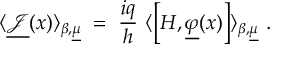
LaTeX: \langle \underline { { { { \mathcal J } } } } ( x ) \rangle _ { \beta , \underline { { { \mu } } } } \; = \; \frac { i q } { h } ~ \langle \left[ H , \underline { { { \varphi } } } ( x ) \right] \rangle _ { \beta , \underline { { { \mu } } } } ~ .